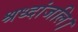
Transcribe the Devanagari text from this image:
श्रध्दांजलि।